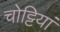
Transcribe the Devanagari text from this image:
चोट्टियां